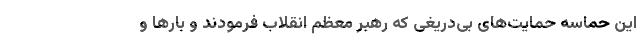
این حماسه حمایت‌های بی‌دریغی که رهبر معظم انقلاب فرمودند و بارها و